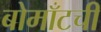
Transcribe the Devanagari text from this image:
बोमाँटची